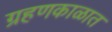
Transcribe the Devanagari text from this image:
ग्रहणकाळात